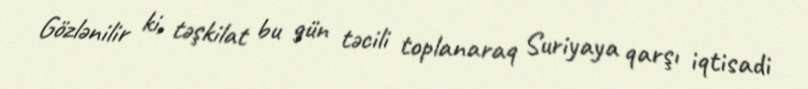
Gözlənilir ki, təşkilat bu gün təcili toplanaraq Suriyaya qarşı iqtisadi